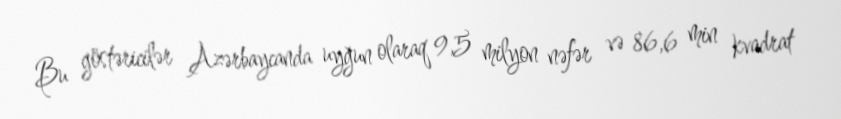
Bu göstəricilər Azərbaycanda uyğun olaraq 9,5 milyon nəfər və 86,6 min kvadrat